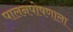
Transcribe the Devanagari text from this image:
पालनपोषणाला